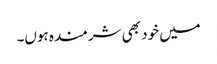
میں خود بھی شرمندہ ہوں۔